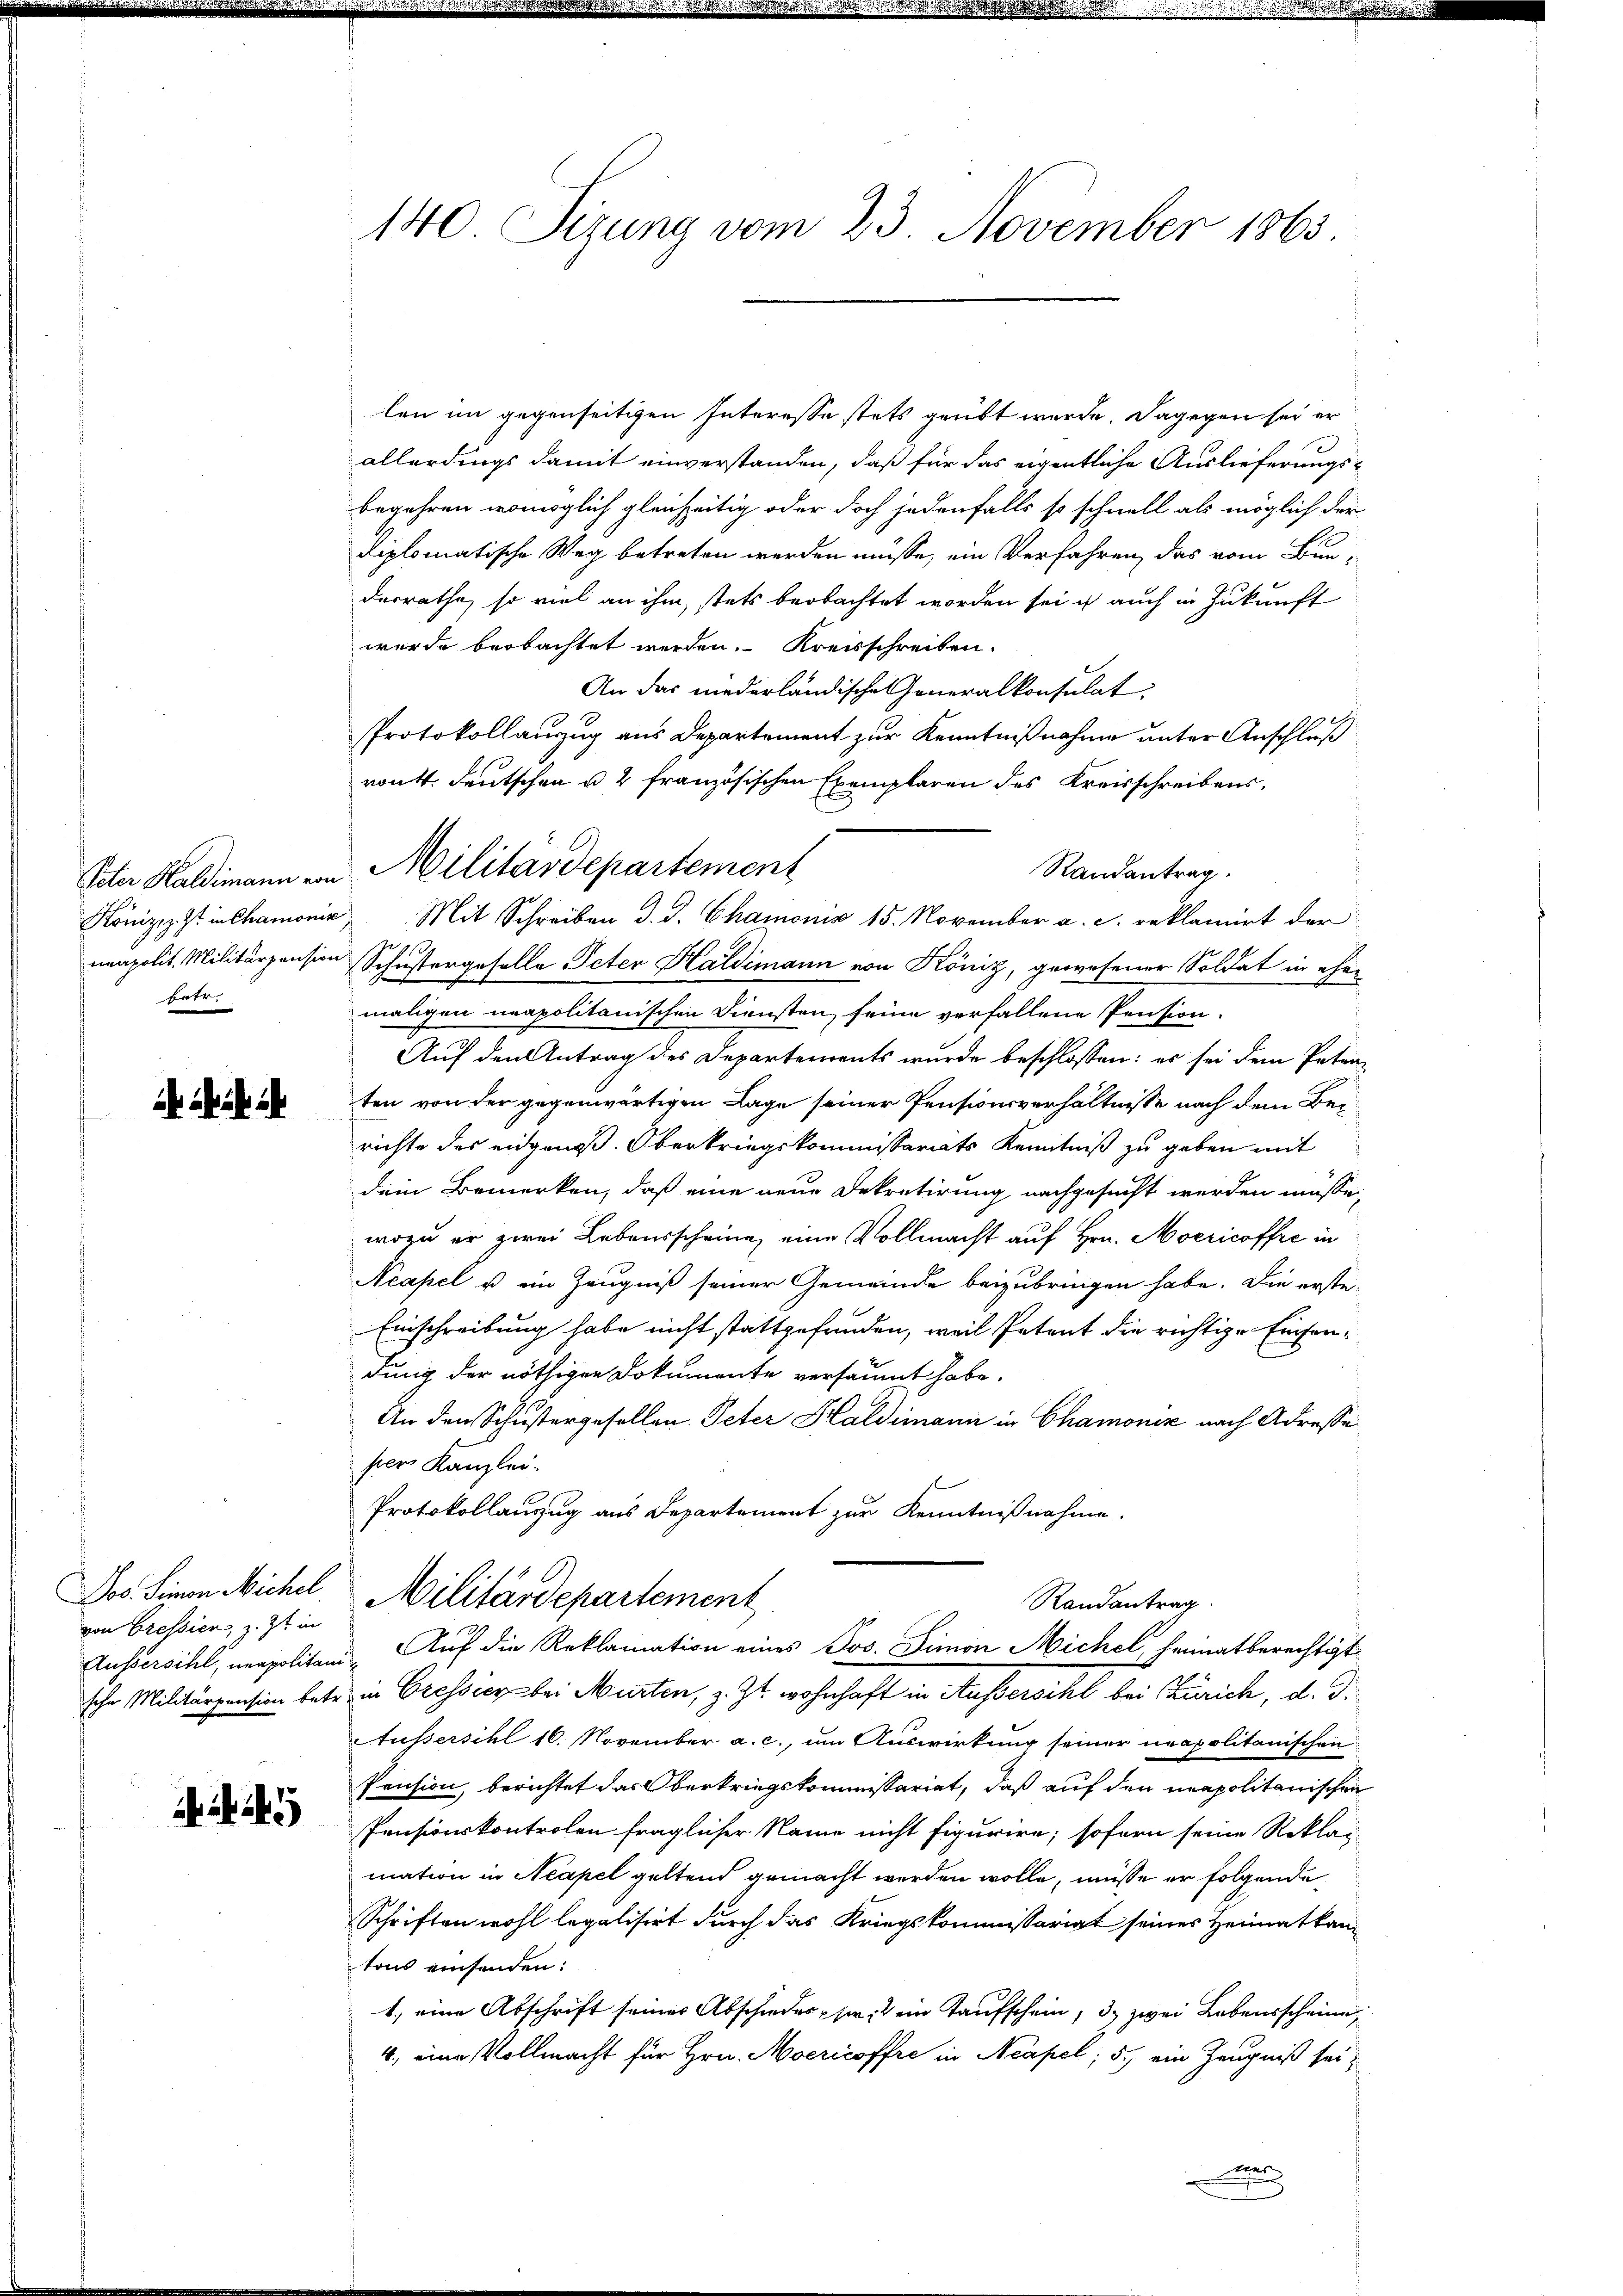
betr.

Jos. Seinen Michel
von Cressier, z. Zt. in

45

140 Sizung vom 23. November 1863

len im gegenseitigen Interesse stets geübt werde. Dagegen sei er
allerdings damit einverstanden, daß für das eigentliche Auslieferungsbegehren womöglich gleichzeitig oder doch jedenfalls so schnell als möglich der
diplomatische Weg betreten werden müsse, ein Verfahren, das vom Bundesrathe, so viel an ihm, stets beobachtet worden sei, u auch in Zukunft
wurde beobachtet werden. Kreisschreiben.
An das niederländische Generalkonsulat
Protokollauszug aus Departement zur Kenntnißnahme unter Anschluß
vont. deutschen u. 2 französischen Exemplaren des Kreisschreibens,
Randantrag.
Könizips in Chamonie Mit Schreiben d. J. Chamonis 15. November a. c. reklamirt der
neapolit. Militärpension Schustergeselle Peter Haldimann von Köniz, gewesener Soldat in eher
maligen neapolitanischen Diensten, seine verfallene Pension.
Auf den Antrag des Departements wurde beschlossen: es sei dem Petenten von der gegenwärtigen Lage seiner Pensionsverhältnisse nach dem Berichte des eidgenoß. Oberkriegskommissariats Kenntniß zu geben mit
dein Bemerken, daß eine neue Dekretirung nachgesucht werden müsse,
wozu er zwei Lebensscheine eine Vollmacht auf Hrn. Mocricoffre in
Neapel u ein Zeugniß seiner Gemeinde beizubringen habe. Die erste¬
Einschreibung habe nicht stattgefunden, weil Petent die richtige Eisen-
dung der nöthigen Dokumente versäumt habe.
An den Schustergesellen Peter Haldimann in Chamonis nach Adresse
ser Kanzlei.
Protokollanzug aus Departement zur Kenntnißnahme.
Militärdepartement
Randantrag.
Aussersihl, neapolitand Auf die Reklamation eines Jos. Simon Michel, heimatberechtigt
sche Militärpension betr. in Cressier bei Murten, z. Zt. wohnhaft in Aussersihl bei Zürich, d. d.
Aussersihl 16. November a. c., um Auswirkung seiner neapolitanischen
Pension, berichtet das Oberkriegskommissariat, daß auf den unapolitanischen
Pensionskontrolen fraglicher Name nicht figurire, sofern seine Reklai
mation in Neapel geltend gemacht werden wolle, müsse er folgende
Schriften wohl legalisirt durch das Kriegskommissariat seines Heimatkantons einsenden:
1., eine Abschrift seines Abschiedes her, ein Taufschein, 3. zwei Lebensscheine,
4., eine Vollmacht für Hrn. Mocricoffre in Neapel; 5) ein Zeugniß sei,
e

Peter Haldimann von Militärdepartement